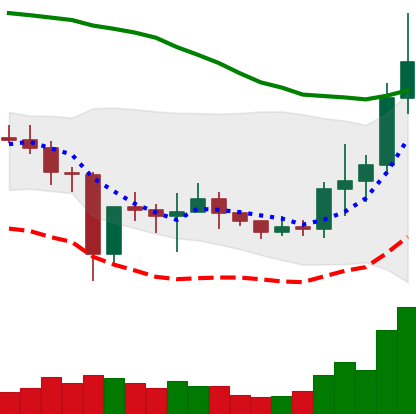
Ticker: NEO-USD
Chart end date: 2021-01-07
Forward return: 5.207%
Label: up_5_7